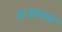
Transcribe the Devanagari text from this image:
२८१२०४